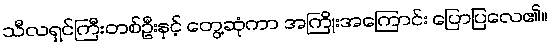
သီလရှင်ကြီးတစ်ဦးနှင့် တွေ့ဆုံကာ အကြိုးအကြောင်း ပြောပြလေ၏။